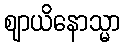
ဈာယိနောသ္မာ